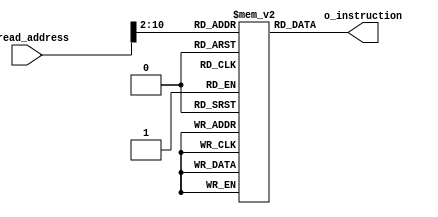
`timescale 1ns / 1ps
//////////////////////////////////////////////////////////////////////////////////
// Company: 
// Engineer: 
// 
// Design Name: 
// Module Name: instruction_mem
// Project Name: 
// Target Devices: 
// Tool Versions: 
// Description: 
// 
// Dependencies: 
// 
// Revision:
// Revision 0.01 - File Created
// Additional Comments:
// 
//////////////////////////////////////////////////////////////////////////////////

module instruction_mem #
                (
                    parameter DATA_WIDTH    = 32,
                    parameter ADDRESS_WIDTH = 32
                )
                (
                    input      [ADDRESS_WIDTH-1:0] i_read_address,
                    output reg [DATA_WIDTH-1   :0] o_instruction
                );
    localparam memSize  = 400;
    reg [DATA_WIDTH-1:0] I_memory[0:memSize-1];
    integer i;
    initial begin
        for(i = 0; i < memSize; i = i + 1) begin
            I_memory[i] = 0;
        end
        //$readmemh("../../sources_1/imports/new/DUMP/testLoadUse.mem", I_memory);
        //$readmemh("../../sources_1/imports/new/DUMP/testJR.mem", I_memory);
        //$readmemh("../../sources_1/imports/new/DUMP/ALUtest1.mem", I_memory);
        //$readmemh("../../sources_1/imports/new/DUMP/BranchJtest.mem", I_memory);
        //$readmemh("../../sources_1/imports/new/DUMP/MemTest.mem", I_memory);
        
        $display("dump finished!\n");
    end
    always @(*) begin
        o_instruction = I_memory[i_read_address>>2];
    end
endmodule  //instruction_mem